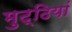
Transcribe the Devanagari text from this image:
मुट्ठियां